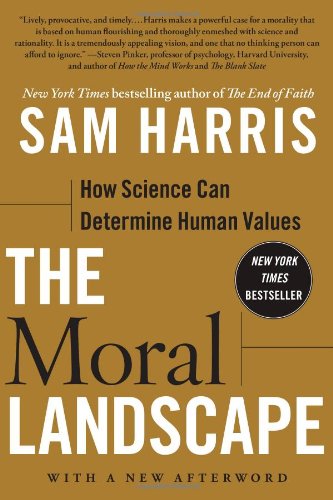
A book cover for The Moral Landscape: How Science Can Determine Human Values; Sam Harris; Politics & Social Sciences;